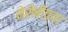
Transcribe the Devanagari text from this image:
नेसेबीच्या